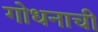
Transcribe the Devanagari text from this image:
गोधनाची